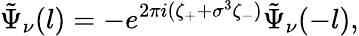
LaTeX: \tilde{\Psi}_{\nu}(l)=-e^{2\pi i(\zeta_{+}+\sigma^{3}\zeta_{-})}\tilde{\Psi}_{\nu}(-l),